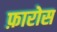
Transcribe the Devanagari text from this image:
फ़ारोस